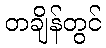
တချိန်တွင်